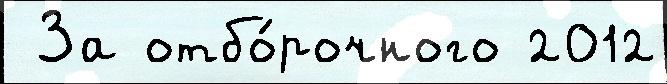
 За отбо́рочного 2012